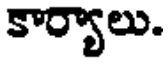
కార్యాలు.